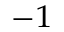
^ { - 1 }